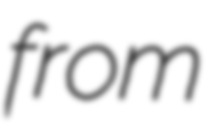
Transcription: from